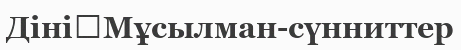
Діні	Мұсылман-сүнниттер